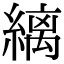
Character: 縭